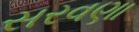
સરવણા